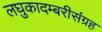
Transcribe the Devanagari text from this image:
लघुकादम्बरीसंग्रह